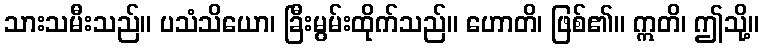
သားသမီးသည်။ ပသံသိယော၊ ခြီးမွမ်းထိုက်သည်။ ဟောတိ၊ ဖြစ်၏။ ဣတိ၊ ဤသို့။